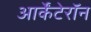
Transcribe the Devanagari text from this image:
आर्केंटेरॉन